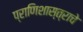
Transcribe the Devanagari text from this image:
प्राणिशास्त्राचे